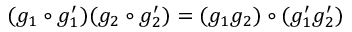
( g _ { 1 } \circ g _ { 1 } ^ { \prime } ) ( g _ { 2 } \circ g _ { 2 } ^ { \prime } ) = ( g _ { 1 } g _ { 2 } ) \circ ( g _ { 1 } ^ { \prime } g _ { 2 } ^ { \prime } )